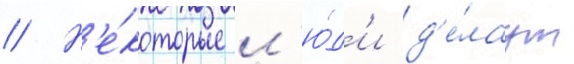
// Н'е́которые л'ю́д'и д'е́лаут